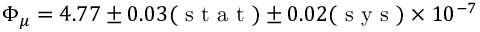
\Phi _ { \mu } = 4 . 7 7 \pm 0 . 0 3 ( \textrm { s t a t } ) \pm 0 . 0 2 ( \textrm { s y s } ) \times 1 0 ^ { - 7 }